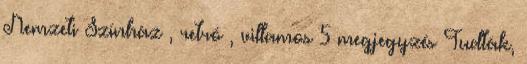
Nemzeti Színház , retró , villamos 5 megjegyzés Tudták,